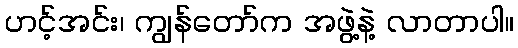
ဟင့်အင်း၊ ကျွန်တော်က အဖွဲ့နဲ့ လာတာပါ။